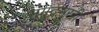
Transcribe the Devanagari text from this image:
समुद्रमुखी